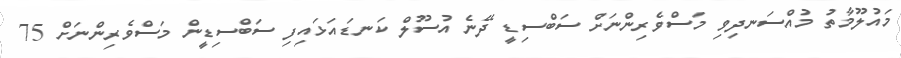
މައުލޫމާތު މުއްސަނދިވި މަސްވެރިންނަށް ސަބްސިޑީ ދޭނެ އުސޫލް ކަނޑައަޅައިފި ސަބްސިޑީން މަސްވެރިންނަށް 75